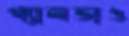
গ্যালভাও